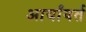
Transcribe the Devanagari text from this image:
आर्यांवर्त